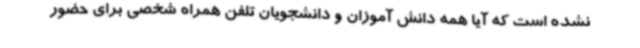
نشده است که آیا همه دانش آموزان و دانشجویان تلفن همراه شخصی برای حضور